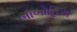
બોબોહિઅ